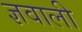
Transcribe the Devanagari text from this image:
ज्ञवाली